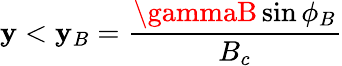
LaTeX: \mathbf{y}<\mathbf{y}_{B}={\frac{{\gammaB\sin{\phi_{B}}}}{{B_{c}}}}